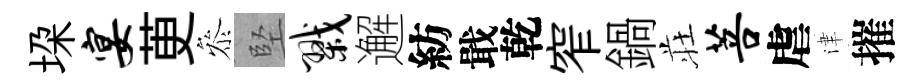
垜宴茰叅堅戮邂紡戢乾窄鍋荘菩虐津摧